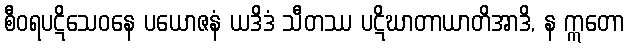
စီဝရပဋိသေဝနေ ပယောဇနံ ယဒိဒံ သီတဿ ပဋိဃာတာယာတိအာဒိ, န ဣတော